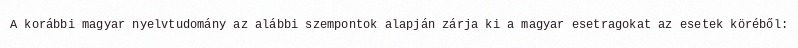
A korábbi magyar nyelvtudomány az alábbi szempontok alapján zárja ki a magyar esetragokat az esetek köréből: